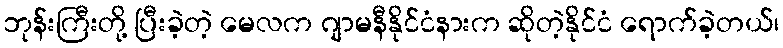
ဘုန်းကြီးတို့ ပြီးခဲ့တဲ့ မေလက ဂျာမနီနိုင်ငံနားက ဆိုတဲ့နိုင်ငံ ရောက်ခဲ့တယ်၊